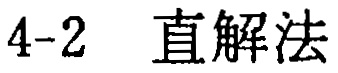
4-2 直解法